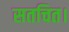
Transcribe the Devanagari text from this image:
सतचित।